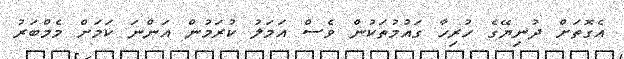
އެގޮތަށް ދުނިޔޭގެ ހުރިހާ ގައުމުތަކުން ވެސް އަމަލު ކުރަމުން އަންނަ ކަމަށް މެމްބަރު